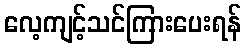
လေ့ကျင့်သင်ကြားပေးရန်